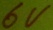
Text: 6V